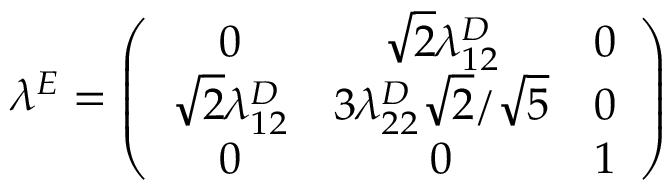
\lambda ^ { E } = \left( \begin{array} { c c c } { { 0 } } & { { \sqrt { 2 } \lambda _ { 1 2 } ^ { D } } } & { { 0 } } \\ { { \sqrt { 2 } \lambda _ { 1 2 } ^ { D } } } & { { 3 \lambda _ { 2 2 } ^ { D } \sqrt { 2 } / \sqrt { 5 } } } & { { 0 } } \\ { { 0 } } & { { 0 } } & { { 1 } } \end{array} \right)